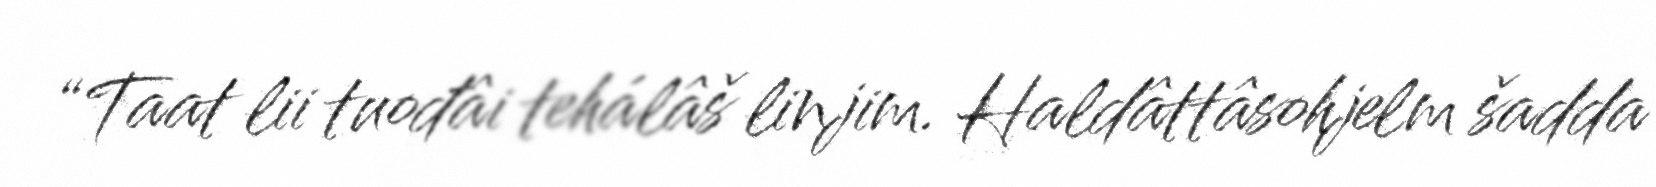
“Taat lii tuođâi tehálâš linjim. Haldâttâsohjelm šadda